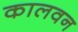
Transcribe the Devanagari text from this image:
कालवन